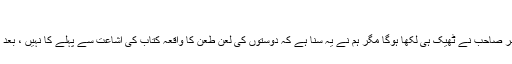
"
پروفیسر صاحب نے ٹھیک ہی لکھا ہوگا مگر ہم نے یہ سنا ہے کہ دوستوں کی لعن طعن کا واقعہ کتاب کی اشاعت سے پہلے کا نہیں ، بعد کا ہے۔